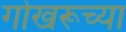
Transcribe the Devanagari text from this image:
गोखरूच्या